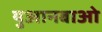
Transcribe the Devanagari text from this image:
युआनबाओ